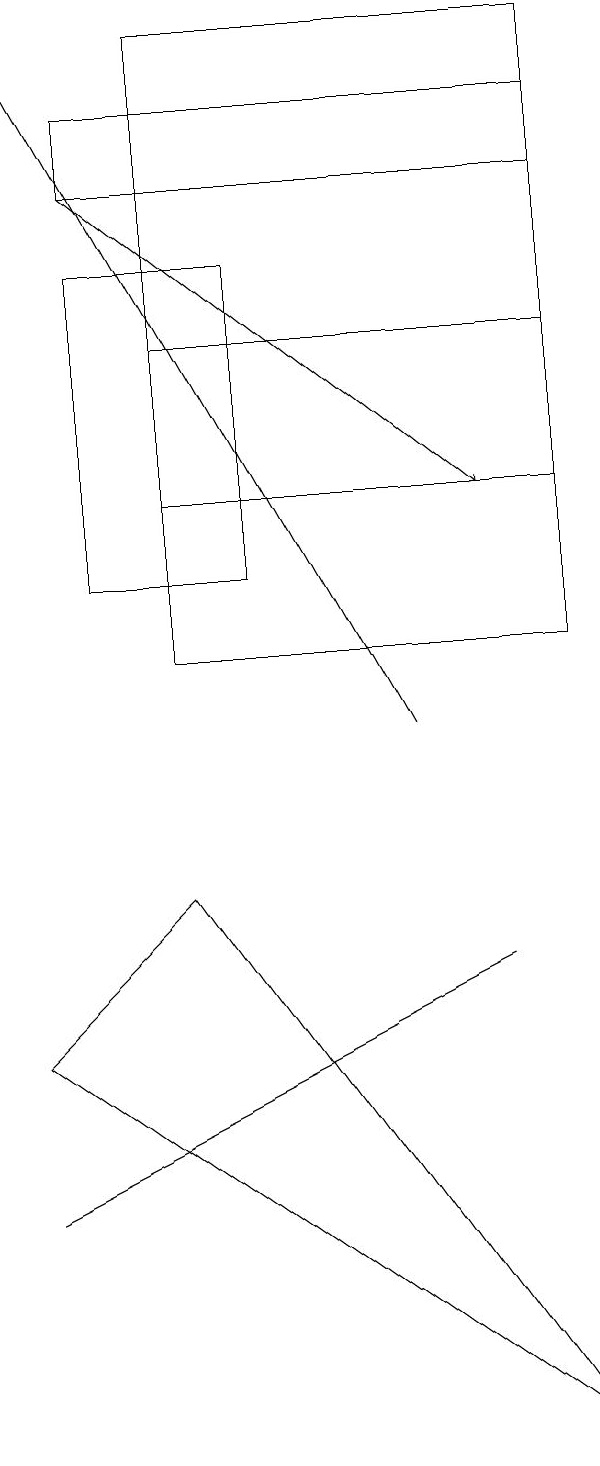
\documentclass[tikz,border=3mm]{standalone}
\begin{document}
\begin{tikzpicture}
\draw (3,16) rectangle (5,12);
\draw (9,1) -- (2,6) -- (4,8) -- cycle;
\draw (2,4) -- (4,5) -- (8,7) -- cycle;
\draw (3,18) rectangle (9,17);
\draw (9,11) rectangle (4,15);
\draw (4,19) rectangle (9,13);
\draw[->] (3,17) -- (8,13);
\draw[->] (7,10) -- (2,19);
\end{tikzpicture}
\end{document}